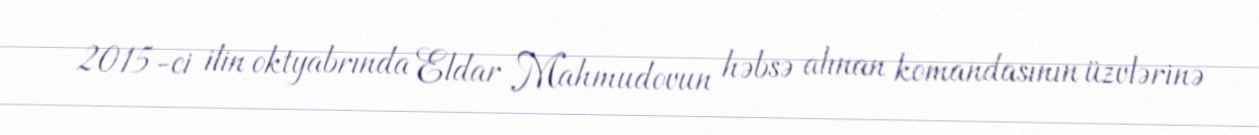
2015-ci ilin oktyabrında Eldar Mahmudovun həbsə alınan komandasının üzvlərinə